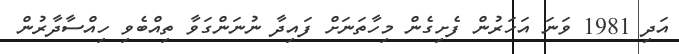
އަދި 1981 ވަނަ އަހަރުން ފެށިގެން މިހާތަނަށް ފައިދާ ނުނަންގަވާ ތިއްބެވި ހިއްސާދާރުން